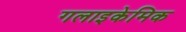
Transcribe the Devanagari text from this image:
गलाइकेमिक